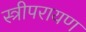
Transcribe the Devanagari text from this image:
स्त्रीपरायण